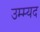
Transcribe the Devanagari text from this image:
उम्म्यद